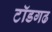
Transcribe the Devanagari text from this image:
टॉडगढ